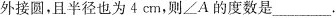
外接圆，且半径也为4cm，则∠A的度数是___.